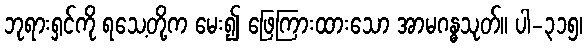
ဘုရားရှင်ကို ရသေ့တို့က မေး၍ ဖြေကြားထားသော အာမဂန္ဓသုတ်။ ပါ-၃၁၅၊